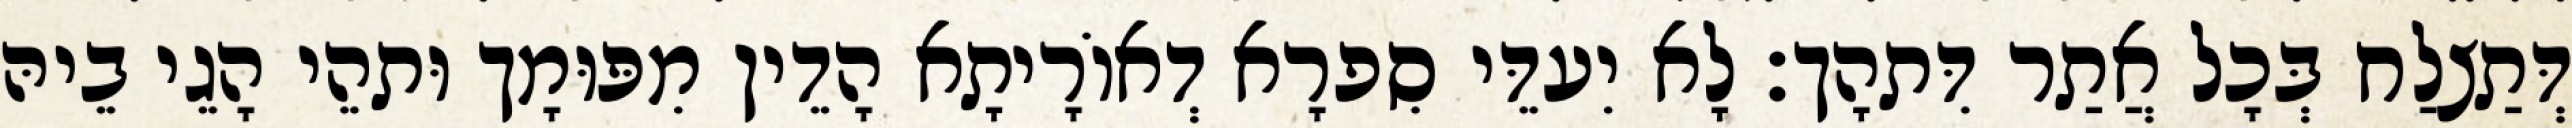
דְּתַצלַח בְּכָל אֲתַר דִּתהָך׃ לָא יִעדֵּי סִפרָא דְאוֹרָיתָא הָדֵין מִפּוּמָך וּתהֵי הָגֵי בֵיהּ